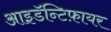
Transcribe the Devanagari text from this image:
आइडॅन्टिफ़ायर